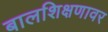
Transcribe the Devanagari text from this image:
बालशिक्षणावर